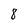
Character: 8